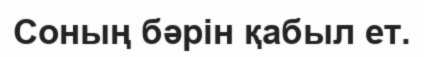
Соның бәрін қабыл ет.